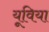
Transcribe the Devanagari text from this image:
यूविया